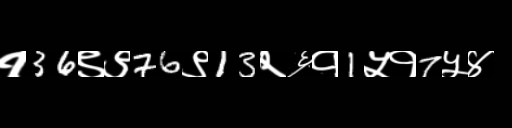
Text: १36९९76९13२६१1५१7५४